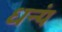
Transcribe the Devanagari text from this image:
धन्यं